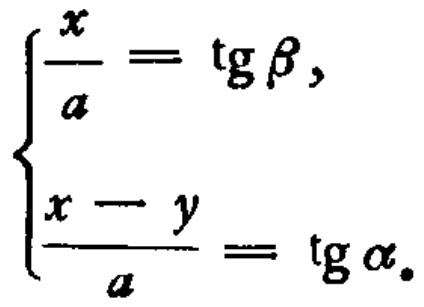
\[\begin{cases}
\frac{x}{a} = \operatorname{tg} \beta, \\
\frac{x - y}{a} = \operatorname{tg} \alpha.
\end{cases}\]